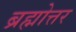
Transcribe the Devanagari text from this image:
ब्रह्मोत्तर